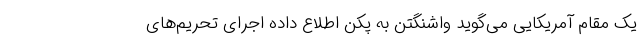
یک مقام آمریکایی می‌گوید واشنگتن به پکن اطلاع داده اجرای تحریم‌های